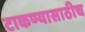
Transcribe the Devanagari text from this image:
टाकण्यासाठीच